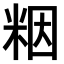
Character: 𫂾